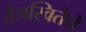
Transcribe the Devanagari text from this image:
तेजस्वितेने